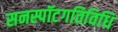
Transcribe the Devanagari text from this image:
सनस्पॉटगतिविधि